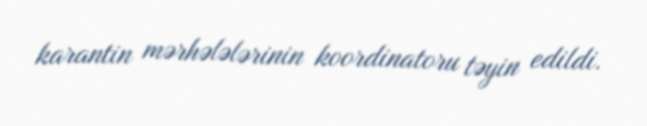
karantin mərhələlərinin koordinatoru təyin edildi.